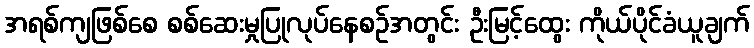
အရစ်ကျဖြစ်စေ စစ်ဆေးမှုပြုလုပ်နေစဉ်အတွင်း ဦးမြင့်ထွေး ကိုယ်ပိုင်ခံယူချက်